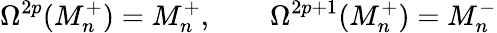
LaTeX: \Omega^{2p}(M_{n}^{+})=M_{n}^{+},\qquad\Omega^{2p+1}(M_{n}^{+})=M_{n}^{-}